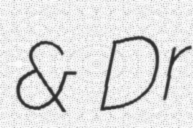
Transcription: & Dr